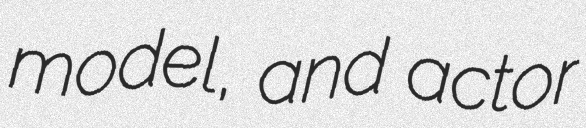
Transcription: model, and actor